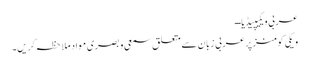
عربی ویکیپیڈیا ــ
ویکی کومنز پر عربی زبان سے متعلق سمعی و بصری مواد ملاحظہ کریں۔